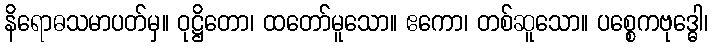
နိရောဓသမာပတ်မှ။ ဝုဋ္ဌိတော၊ ထတော်မူသော။ ဧကော၊ တစ်ဆူသော။ ပစ္စေကဗုဒ္ဓေါ၊